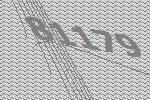
81179